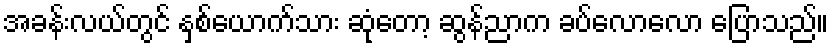
အခန်းလယ်တွင် နှစ်ယောက်သား ဆုံတော့ ဆွန်ညာက ခပ်လောလော ပြောသည်။